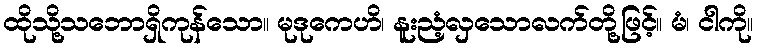
ထိုသို့သဘောရှိကုန်သော။ မုဒုကေဟိ၊ နူးညံ့လှသောလက်တို့ဖြင့်။ မံ၊ ငါကို။